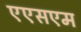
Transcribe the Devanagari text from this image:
एएसएम